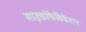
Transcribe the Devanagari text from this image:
माइक्रोफैब्रिकेशन